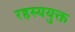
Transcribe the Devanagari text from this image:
रहस्‍ययुक्त